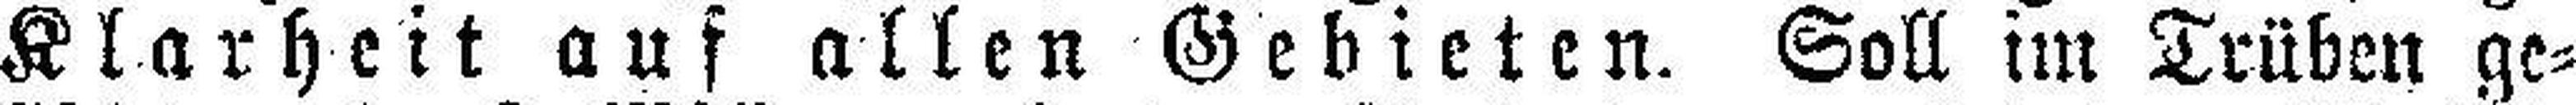
Klarheit auf allen Gebieten. Soll im Trüben ge¬